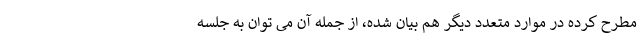
مطرح کرده در موارد متعدد دیگر هم بیان شده، از جمله آن می توان به جلسه